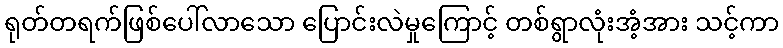
ရုတ်တရက်ဖြစ်ပေါ်လာသော ပြောင်းလဲမှုကြောင့် တစ်ရွာလုံးအံ့အား သင့်ကာ